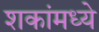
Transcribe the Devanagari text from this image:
शकांमध्ये